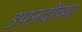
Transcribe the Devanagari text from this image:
उपनदीच्या